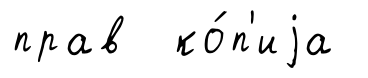
прав ко́п'иjа